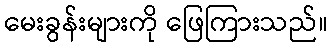
မေးခွန်းများကို ဖြေကြားသည်။